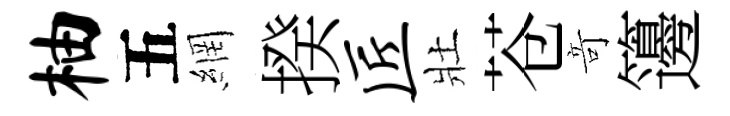
柚五網揆匠壯苍竒籩